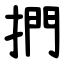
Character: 捫